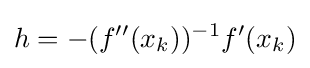
h=-(f''(x_{k}))^{-1}f'(x_{k})